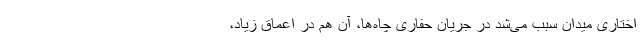
اختاری میدان سبب می‌شد در جریان حفاری چاه‌ها، آن هم در اعماق زیاد،